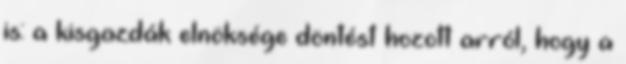
is: a kisgazdák elnöksége döntést hozott arról, hogy a